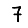
Digit: 7